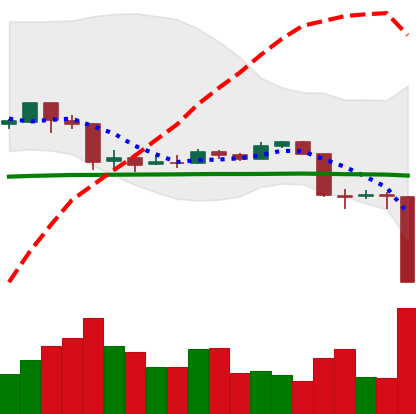
Ticker: EOS-USD
Chart end date: 2020-03-12
Forward return: 4.46%
Label: up_3_5